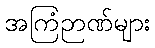
အကြံဉာဏ်များ